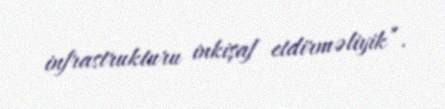
infrastrukturu inkişaf etdirməliyik”.